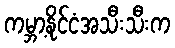
ကမ္ဘာ့နိုင်ငံအသီးသီးက